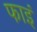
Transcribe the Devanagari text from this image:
फाइं